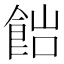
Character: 𩛎